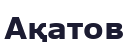
Ақатов